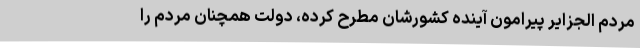
مردم الجزایر پیرامون آینده کشورشان مطرح کرده، دولت همچنان مردم را